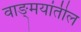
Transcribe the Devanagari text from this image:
वाङ्‍मयांतील